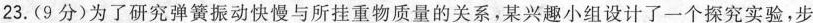
23.(9分)为了研究弹簧振动快慢与所挂重物质量的关系，某兴趣小组设计了一个探究实验，步